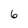
Character: 6